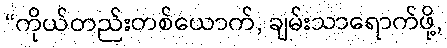
“ကိုယ်တည်းတစ်ယောက်, ချမ်းသာရောက်ဖို့,